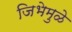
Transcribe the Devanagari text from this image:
जिभेमुळे